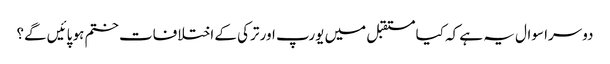
دوسرا سوال یہ ہے کہ کیا مستقبل میں یورپ اور ترکی کے اختلافات ختم ہو پائیں گے؟